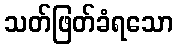
သတ်ဖြတ်ခံရသော